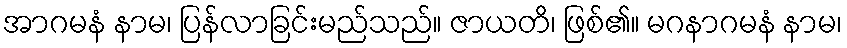
အာဂမနံ နာမ၊ ပြန်လာခြင်းမည်သည်။ ဇာယတိ၊ ဖြစ်၏။ မဂနာဂမနံ နာမ၊